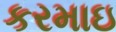
કરમાઇ